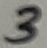
Text: 3